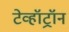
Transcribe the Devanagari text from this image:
टेव्हॉट्रॉन